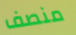
منصف